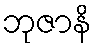
ဘုဇာနိ